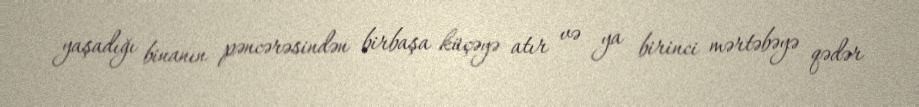
yaşadığı binanın pəncərəsindən birbaşa küçəyə atır və ya birinci mərtəbəyə qədər